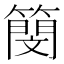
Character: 簢